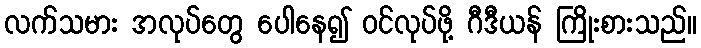
လက်သမား အလုပ်တွေ ပေါနေ၍ ဝင်လုပ်ဖို့ ဂီဒီယန် ကြိုးစားသည်။